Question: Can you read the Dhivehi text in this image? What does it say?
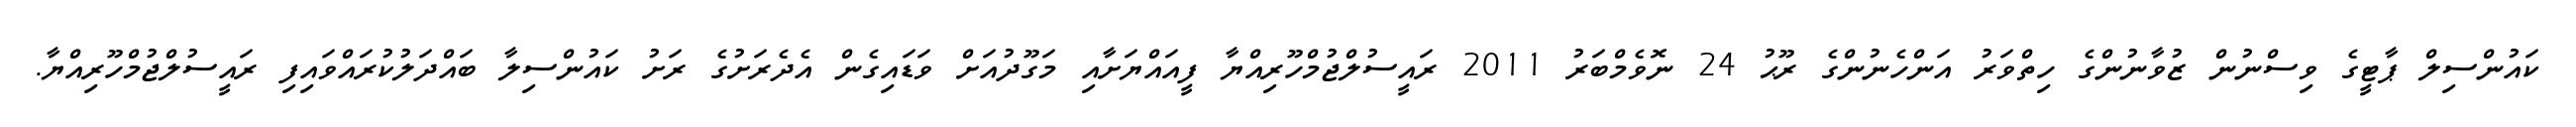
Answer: ކައުންސިލް ޕާޓީގެ ވިސްނުން ޒުވާނުންގެ ހިތްވަރު އަންހެނުންގެ ރޫޙު 24 ނޮވެމްބަރު 2011 ރައީސުލްޖުމްހޫރިއްޔާ ފީއައްޔަށާއި މަގޫދުއަށް ވަޑައިގެން އެދެރަށުގެ ރަށު ކައުންސިލާ ބައްދަލުކުރައްވައިފި ރައީސުލްޖުމްހޫރިއްޔާ.